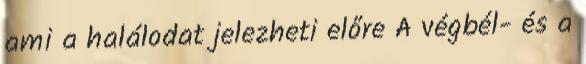
ami a halálodat jelezheti előre A végbél- és a